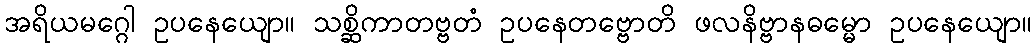
အရိယမဂ္ဂေါ ဥပနေယျော။ သစ္ဆိကာတဗ္ဗတံ ဥပနေတဗ္ဗောတိ ဖလနိဗ္ဗာနဓမ္မော ဥပနေယျော။